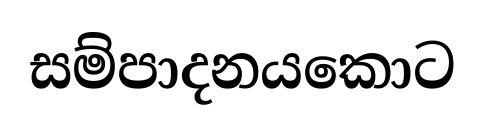
සම්පාදනයකොට